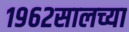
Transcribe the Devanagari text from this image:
१९६२सालच्या